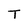
Character: T